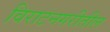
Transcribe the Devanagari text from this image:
विराटनगरीतील